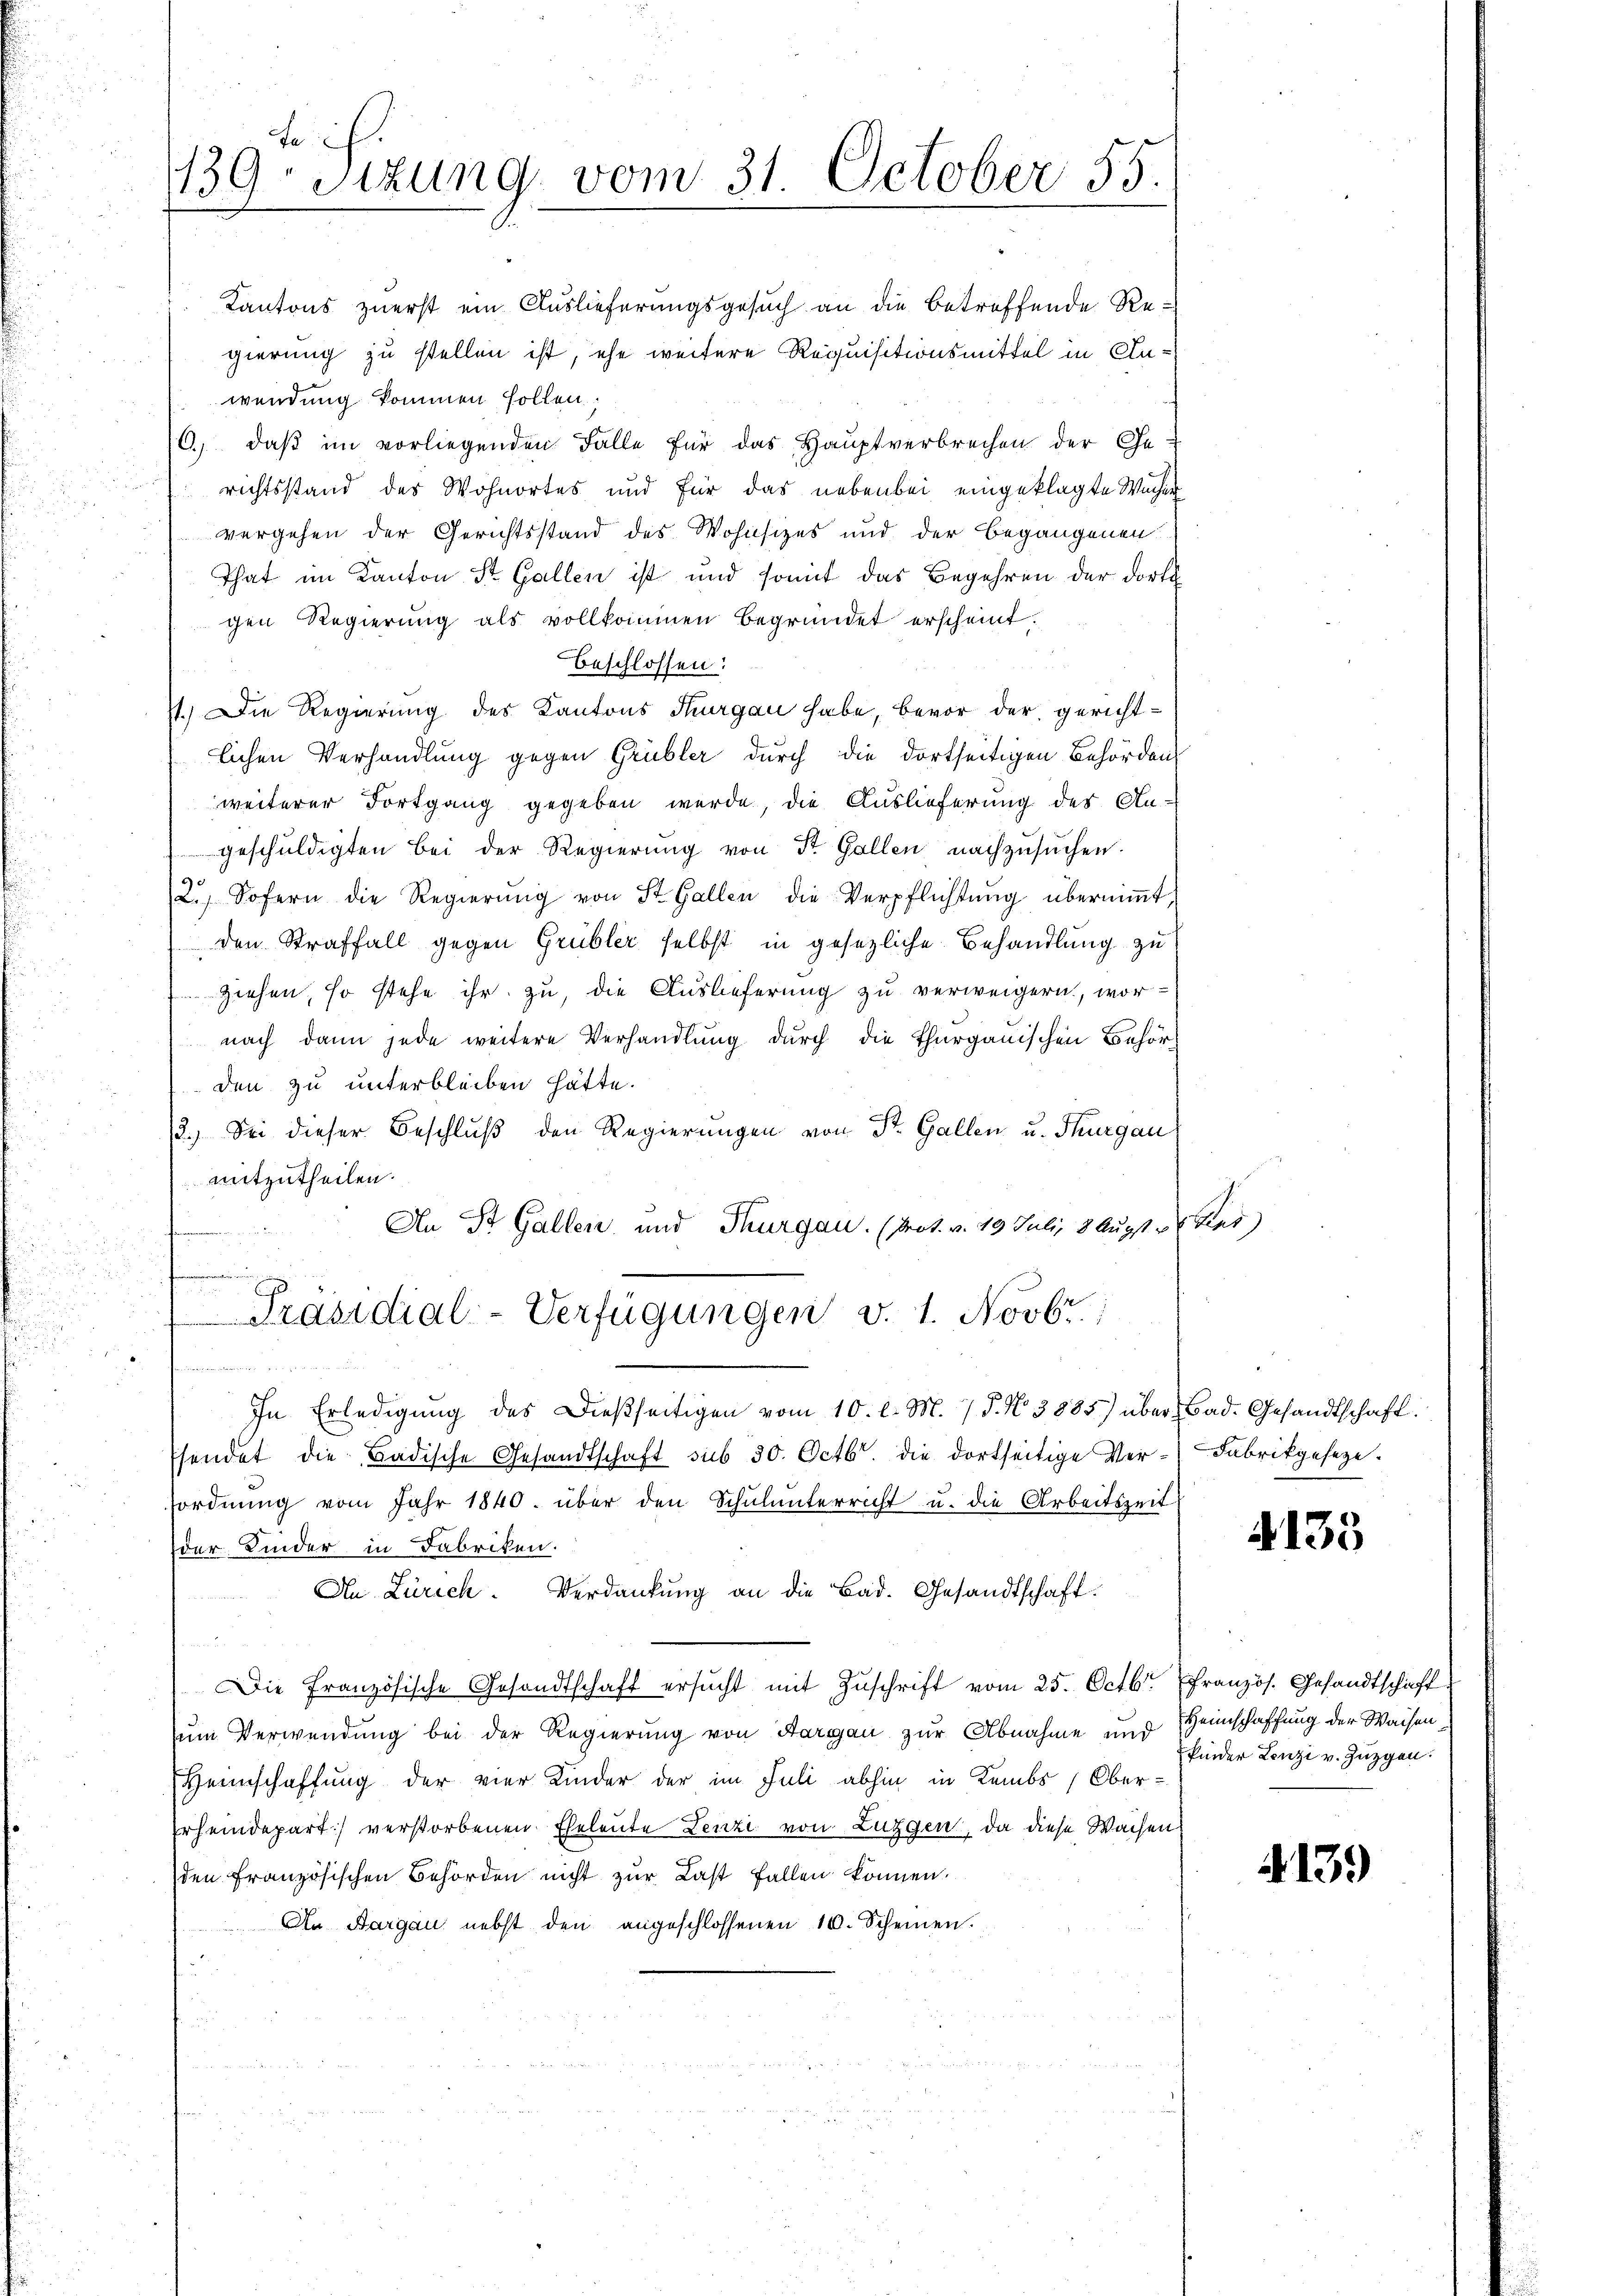
fe
139. Sizung vom 31. October 55.

Kantons zuerst ein Auslieferungsgesuch an die betreffende Regierung zu stellen ist, ehe weitere Requisitionsmittel in Anwendung kommen sollen.
(6. daβ im vorliegenden Fälle für das Haŭptverbrechen der Ge-
richtsstand des Wohnortes und für das nebenbei eingeklagte Wucher
vergehen der Gerichtsstand des Wohnsizes und der Begangenen
That im Kanton St. Gallen ist und somit das Begehren der dort
chen Regierung als vollkommen begründet erscheint.
beschlossen:
1.) Die Regierung des Kantons Thurgau habe, bevor der gerichtlichen Verhandlung gegen Grübler durch die dortseitigen Behörden
weiterer Fortgang gegeben werde, die Auslieferung des An-
geschŭldigten bei der Regierŭng von St. Gallen nachzusuchen.
2.) Sofern die Regierŭng von St. Gallen die Verpflichtŭng überniṁt,
den Straffall gegen Grübler selbst in gesezliche Behandlung zu
Ziehen, so stehe ihr zu, die Auslieferung zu verweigern, wor
nach dann jede weitere Verhandlung durch die Thurgauischen Behörden zu unterbleiben hätte.
3.) Sei dieser Beschluß den Regierungen von St. Gallen u. Thurgau
mitzutheilen.
An St. Gallen und Thurgau. (Prot. v. 19. Juli, 8 Augst v. Kar

.
Präsidial-Verfügungen v. 1. Novbr.

In Erledigung des Dießseitigen vom 10. l. M. / 5. No 3885) über Bad. Gesandtschaft.
hendet die Badische Gesandtschaft sub 30. Octbr. die dortseitige Ver-Fabrikgeseze.
ordnung vom Jahr 1840. über den Schulunterricht u. die Arbeitszeit
der Kinder in Fabriken.
An Zürich. Verdankŭng an die Bad. Gesandtschaft.
Die Französische Gesandtschaft ersucht mit Zuschrift vom 25. Octbr. französ. Gesandtschaft
Zum Verwendung bei der Regierung von Aargau zur Abnahme und Heimschaffung der Waisen¬
Heinschaffung der vier Kinder der im Juli abhin in Kambs (Ober-
erheindepart) verstorbenen Eheleute Lenzi von Luggen, da diese Wachen
den französischen Behörden nicht zur Last fallen können.
An Aargau nebst den angeschlossenen 10. Scheinen.

4133

kinder Lenzi v. Zuggen.

4139)